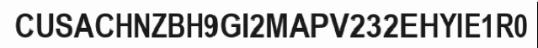
CUSACHNZBH9GI2MAPV232EHYIE1R0